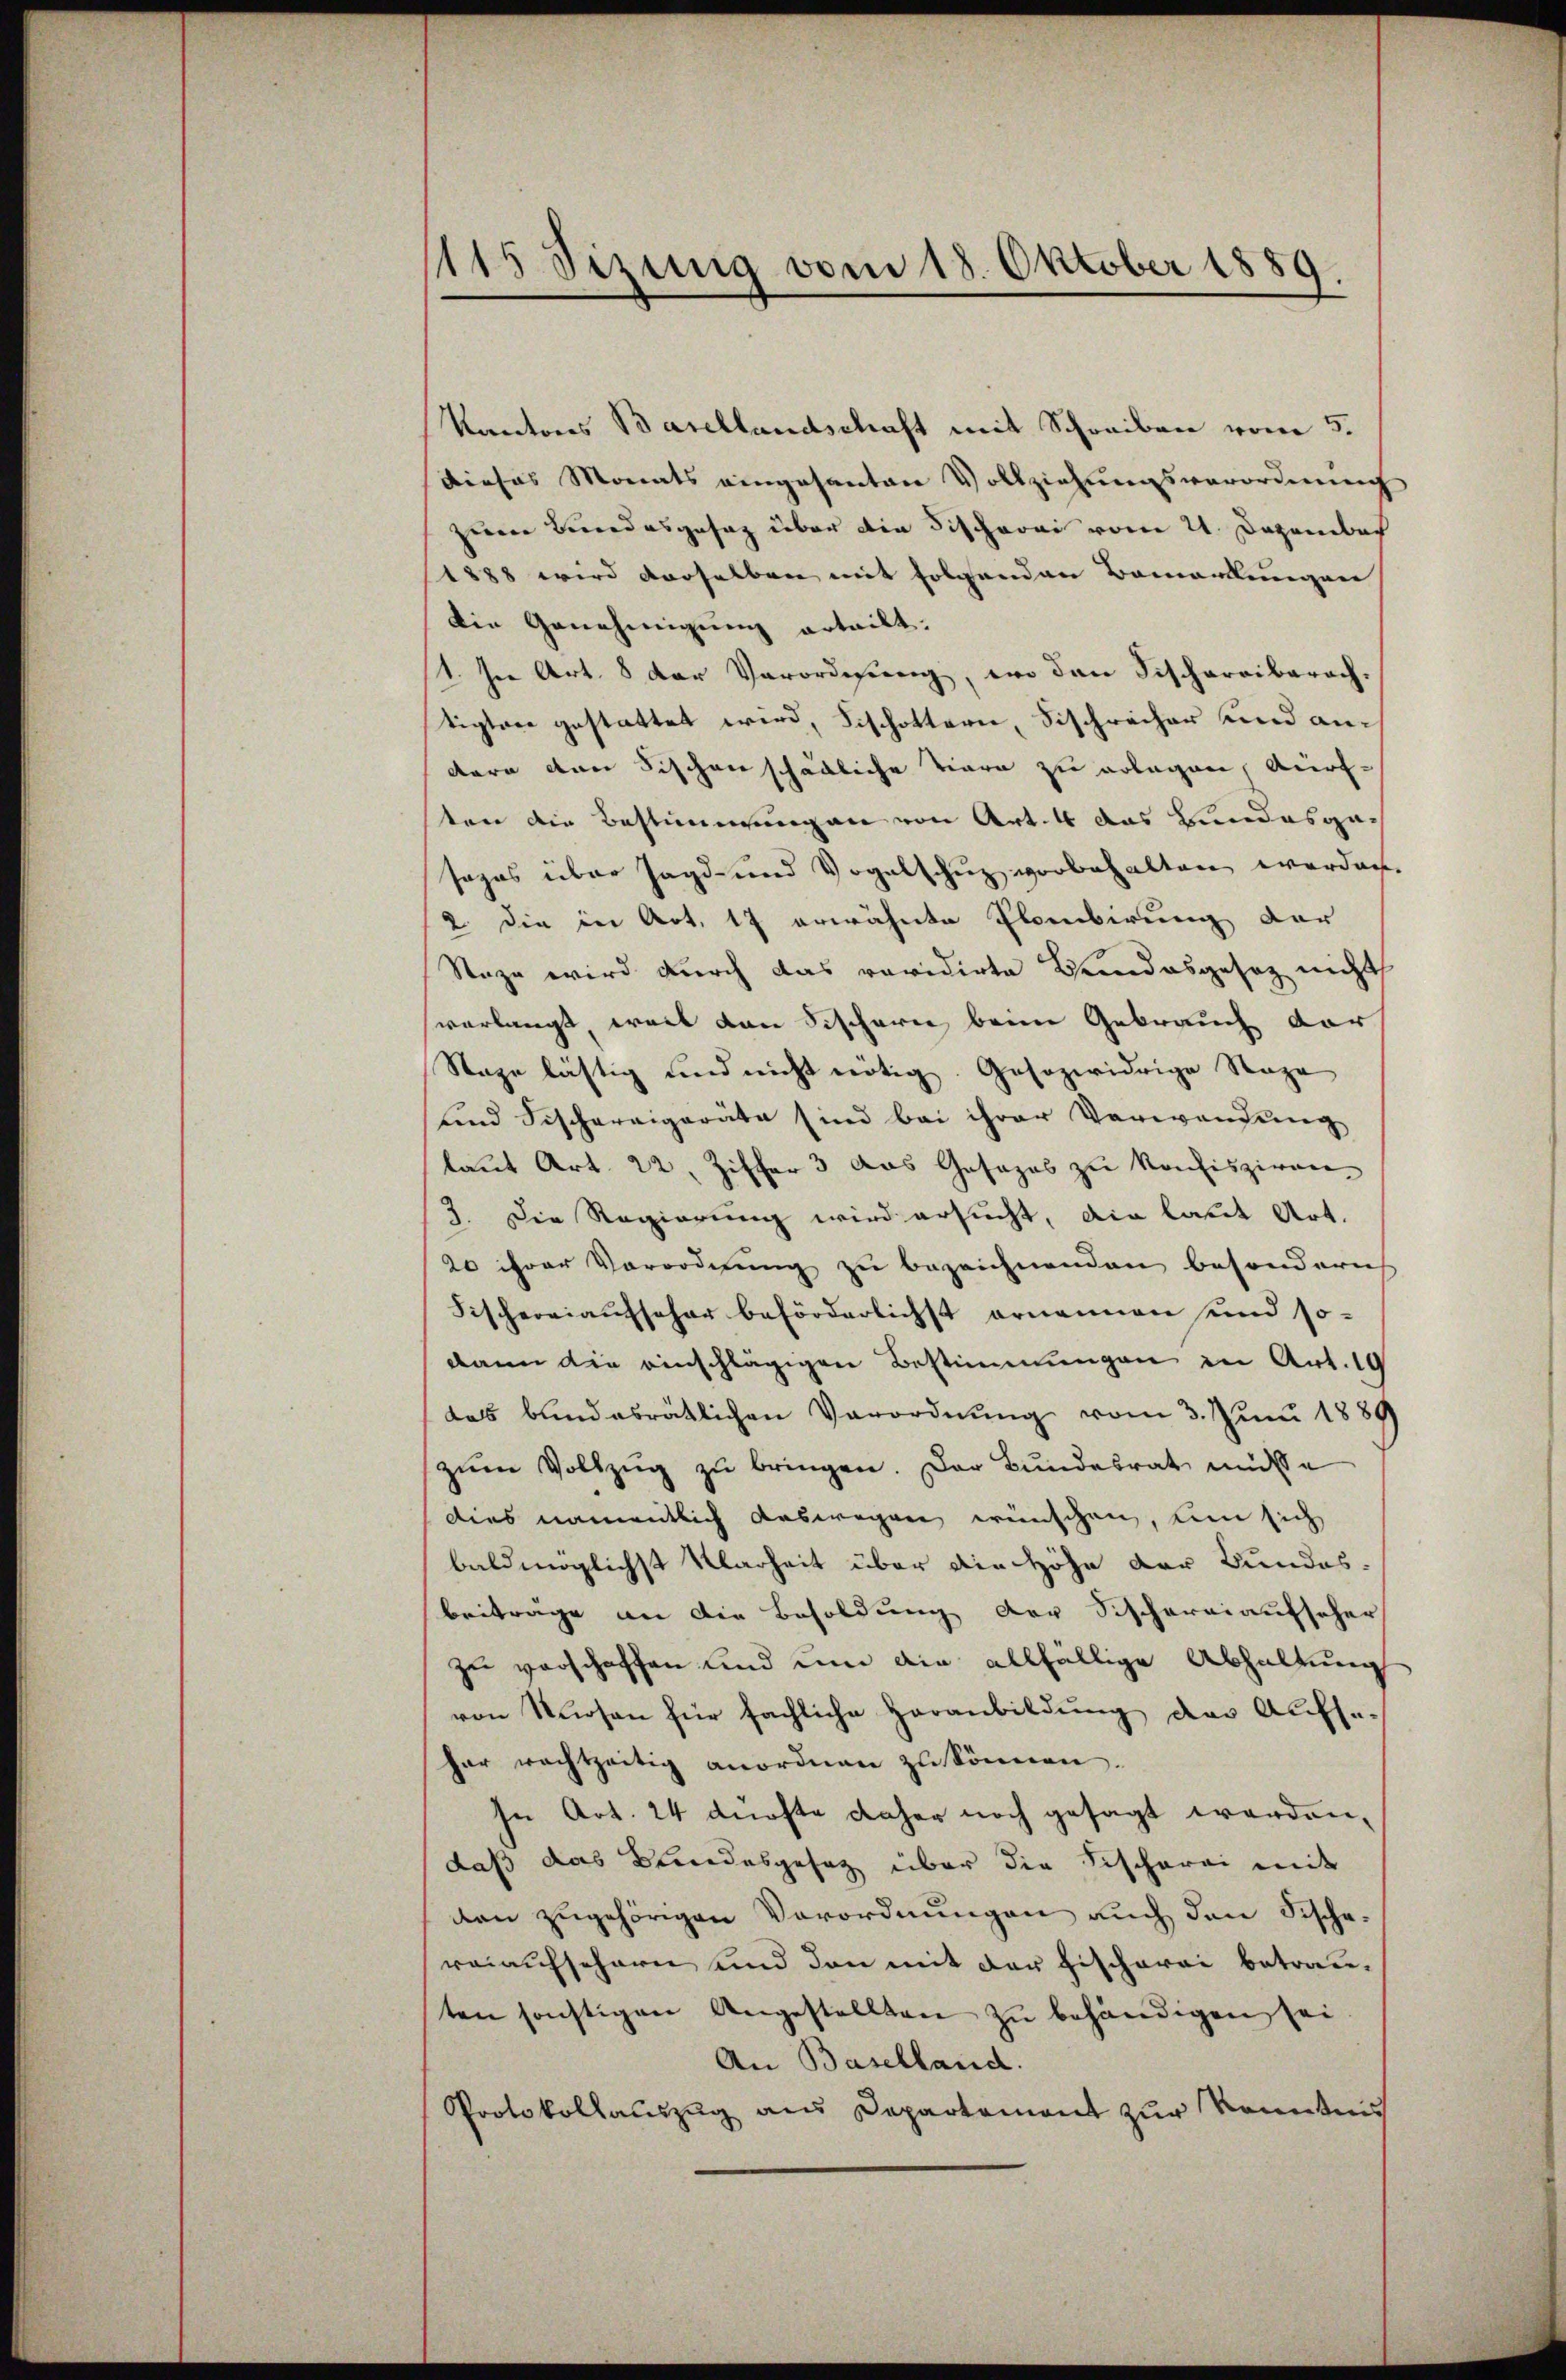
1115 Sizung vom 18. Oktober 1889.

Kantons Basellandschaft mit Schreiben vom 5.
Dieses Monats eingesanten Vollziehungsverordnung
zum Bundesgesag über die Fischerei vom 21. Dezember
1888 wird derselben mit folgenden Bemerkungen
Die Genehmigung erteilt.
1. In Art. 8 der Verordnung, wo den Fischereiberach.
tigtere gestattet wird, Fischottern, Sischrecher und andern den Fischen schädliche Tiere zu erlegen, Auf-
ten die Bestimmungen von Art. 4 das Bundesgesagas über Jagd- und Vogelschuz vorbehalten werden.
2. die in Art. 17 erwähnte Plombirung der
Staze wird durch das revidirte Brandesgesetz nicht
verlangt, weil von Fischern beim Gebrauch der
Stage lästig und nicht nötig. Gesozwidrige Sage
und Fischereigeräte sind bei ihrer Verwandung
laŭt Art. 22. Ziffer 3 das Gesages zu konfisziren
3. Die Regierung wird ersucht, die laut Art.
20 ihrer Vorordnung zu bezeichnenden besondern
Fischereiaufseher beförderlichst ornennen sind so-
dann die einschlägigen Bestimmungen in Art. 10
das bundesrätlichen Verordnung vom 3. Juni 1889
zŭm Vollzŭg zŭ bringen. Der Bundesrat müsse
dies namentlich auswegen wünschen, um sich
baldmöglichst Klarheit über die Höhe der Bundes-
beiträge an die Besoldung der Fischereiaufscher
zu verschaffen und um die allfällige Abhaltung
von Nuosen für sächliche Heranbildung der Aufse-
har rechtzeitig anordnen zŭ können.
In Art. 24 dürfte daher noch gesagt worden,
daß das Bundesgesetz über die Fischerei mit
den zugehörigen Verordnungen auch den Fischereiaufschern und den mit der Fischerei betrauten sonstigen Angestellten zu behändigen sei.
An Baselland.
Protokollauszug aus Departement zur Kenntnis